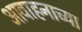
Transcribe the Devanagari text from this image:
आवाहनाच्या